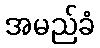
အမည်ခံ